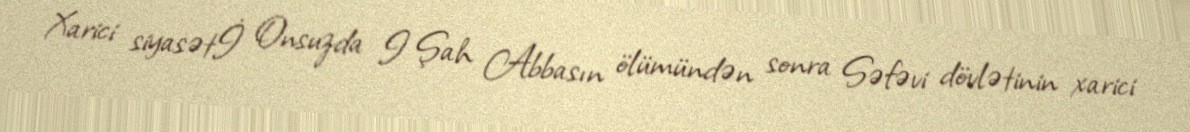
Xarici siyasətİ Onsuzda I Şah Abbasın ölümündən sonra Səfəvi dövlətinin xarici